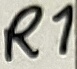
Text: R1